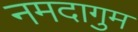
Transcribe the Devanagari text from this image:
नमदागुम